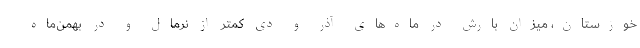
خوزستان، میزان بارش در ماه‌های آذر و دی کمتر از نرمال و در بهمن‌ماه